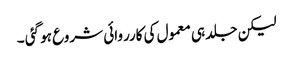
لیکن جلد ہی معمول کی کارروائی شروع ہو گئی ۔